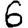
Digit: 6